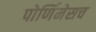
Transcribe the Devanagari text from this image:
पोर्णिमेसच